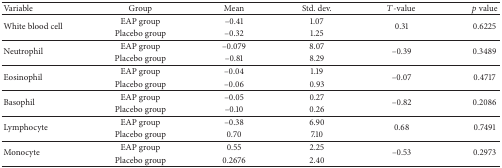
<table><thead><tr><td><b>Variable</b></td><td><b>Group</b></td><td><b>Mean</b></td><td><b>Std. dev.</b></td><td><b><i>T</i>-value</b></td><td><b><i>p</i> value</b></td></tr></thead><tbody><tr><td rowspan="2">White blood cell</td><td>EAP group</td><td>–0.41</td><td>1.07</td><td rowspan="2">0.31</td><td rowspan="2">0.6225</td></tr><tr><td>Placebo group</td><td>–0.32</td><td>1.25</td></tr><tr><td rowspan="2">Neutrophil</td><td>EAP group</td><td>–0.079</td><td>8.07</td><td rowspan="2">–0.39</td><td rowspan="2">0.3489</td></tr><tr><td>Placebo group</td><td>–0.81</td><td>8.29</td></tr><tr><td rowspan="2">Eosinophil</td><td>EAP group</td><td>–0.04</td><td>1.19</td><td rowspan="2">–0.07</td><td rowspan="2">0.4717</td></tr><tr><td>Placebo group</td><td>–0.06</td><td>0.93</td></tr><tr><td rowspan="2">Basophil</td><td>EAP group</td><td>–0.05</td><td>0.27</td><td rowspan="2">–0.82</td><td rowspan="2">0.2086</td></tr><tr><td>Placebo group</td><td>–0.10</td><td>0.26</td></tr><tr><td rowspan="2">Lymphocyte</td><td>EAP group</td><td>–0.38</td><td>6.90</td><td rowspan="2">0.68</td><td rowspan="2">0.7491</td></tr><tr><td>Placebo group</td><td>0.70</td><td>7.10</td></tr><tr><td rowspan="2">Monocyte</td><td>EAP group</td><td>0.55</td><td>2.25</td><td rowspan="2">–0.53</td><td rowspan="2">0.2973</td></tr><tr><td>Placebo group</td><td>0.2676</td><td>2.40</td></tr></tbody></table>